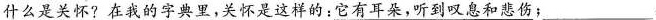
什么是关怀?在我的字典里，关怀是这样的：它有耳朵，听到叹息和悲伤；___，